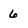
Character: 6